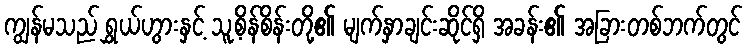
ကျွန်မသည် ရွှယ်ဟွားနှင့် သူ့စိန်စိန်းတို့၏ မျက်နှာချင်းဆိုင်ရှိ အခန်း၏ အခြားတစ်ဘက်တွင်